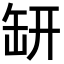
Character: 𦈨